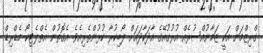
ގްރިޒްމަން އަކީ ޒަމާނުއްސުރެއް އުރުގުއޭގެ އާދަކާދައަށް ލޯބިކުރާ ކުޅުންތެރިއެވެ. އެގޮތުން އެތްލެޓިކޯ މެޑްރިޑް